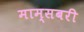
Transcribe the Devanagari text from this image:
माम्सबरी